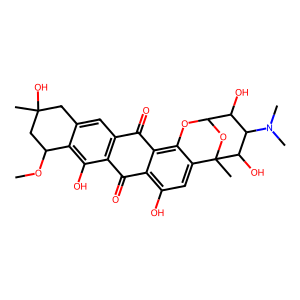
SMILES: COC1CC(C)(O)Cc2cc3c(c(O)c21)C(=O)c1c(O)cc2c(c1C3=O)OC1OC2(C)C(O)C(N(C)C)C1O
Inhibits HIV replication: No